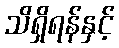
သိရှိရန်နှင့်